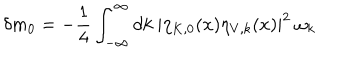
LaTeX: \delta m _ { 0 } = - \frac { 1 } { 4 } \int _ { - \infty } ^ { \infty } d k ~ | \eta _ { K , 0 } ( x ) \eta _ { V , k } ( x ) | ^ { 2 } ~ \omega _ { k }